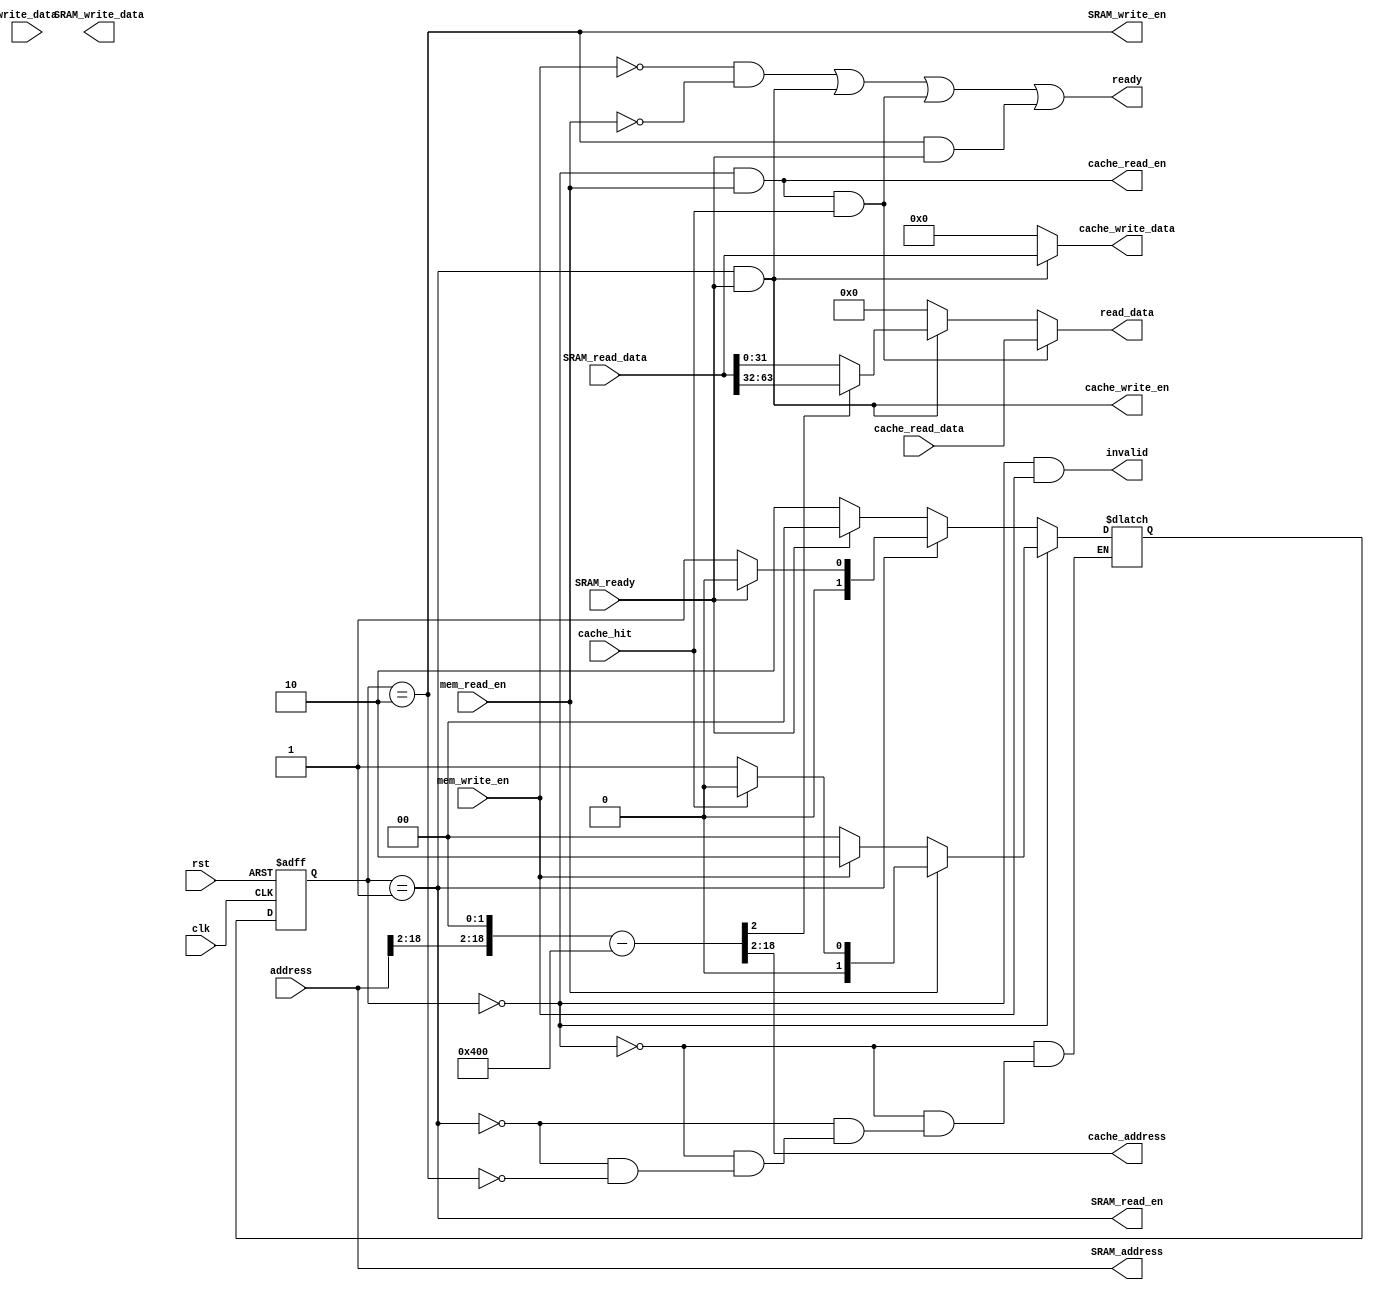
`timescale 1ns / 1ns 

module cache_controller (input clk,rst, mem_write_en,mem_read_en, SRAM_ready, cache_hit,
    input[31:0] address, write_data,cache_read_data,input [63:0] SRAM_read_data,
    output ready, cache_write_en, cache_read_en, SRAM_write_en, SRAM_read_en,invalid,
    output [16:0] cache_address, output [31:0] SRAM_address, SRAM_write_data,output  [31:0]  read_data, output [63:0] cache_write_data );
    
    reg [1:0] ps,ns ;
    parameter IDLE = 2'b00 , MISS = 2'b01 , WRITE = 2'b10;

    wire [31:0] real_addr;

    assign real_addr  = {address[31:2], 2'b00} - 32'd1024;
    assign cache_address = real_addr[18:2];
    //assign cache_address = address[17:2];
    assign SRAM_address  = address;

    assign SRAM_write_en = (ps == WRITE);
    assign SRAM_read_en = (ps == MISS); //You changed this from write to miss and half the registers became z but the rest are correct
    assign cache_read_en = (ps == IDLE) && mem_read_en;
    assign cache_write_en = (ps == MISS && SRAM_ready);
    assign SRAM_Write_Data  = SRAM_write_en ? write_data : 32'b0;
    assign cache_write_data = ((ps == MISS) && SRAM_ready) ? SRAM_read_data : 64'b0;
    assign invalid = (ps == IDLE) && mem_write_en;
    //assign invalid = (ps == IDLE && ns == WRITE);
    assign ready =  (~mem_write_en && ~mem_read_en) || ((ps == MISS) && SRAM_ready) || ((ps == IDLE) && mem_read_en && cache_hit) || ((ps == WRITE) && SRAM_ready);
    //assign ready = (ns == IDLE);
    assign read_data = ((ps == IDLE) && mem_read_en && cache_hit) ? cache_read_data : 
                      (((ps == MISS) && SRAM_ready) ? (cache_address [0] ? SRAM_read_data[63:32] : SRAM_read_data[31:0]) : 32'b0); 
    /*
    wire is_read_ok, is_miss, is_in_sram_read, is_in_sram_write;
    wire [31:0] real_addr;
    reg  [1 :0] ps, ns;
    parameter IDLE = 2'b00, WRITE = 2'b01, SRAM_WRITE = 2'b10;

    assign real_addr  = {address[31:2], 2'b00} - 32'd1024;
    assign cache_address = real_addr[18:2];
    assign SRAM_addr  = address;

    assign is_read_ok = (ps == IDLE) && mem_read_en && cache_hit;
    assign is_miss    = (ps == WRITE) && SRAM_ready;
    assign SRAM_write_en = (ps == SRAM_WRITE);
    assign cache_read_en = (ps == IDLE) && mem_read_en;
    assign is_in_sram_read = (ps == WRITE);
    assign is_in_sram_write = (ps == SRAM_WRITE) && SRAM_ready;
    assign cache_write_en = is_miss;
    assign SRAM_read_en   = is_in_sram_read;
    assign SRAM_Write_Data  = SRAM_write_en ? write_data : 32'b0;
    assign cache_write_data = is_miss ? SRAM_read_data : 64'b0;
    assign invalid    = (ps == IDLE) && mem_write_en;
    assign ready = (~mem_write_en && ~mem_read_en) || is_miss || is_read_ok || is_in_sram_write;
    assign read_data = is_read_ok ? cache_read_data : 
                      (is_miss ? (cache_address[0] ? SRAM_read_data[63:32] : SRAM_read_data[31:0]) : 32'b0); 
    always @(posedge clk, posedge rst) begin
        if (rst)
            ps <= IDLE;
        else
            ps <= ns;
    end

    always @(*) begin
      if(ps == IDLE) begin
        if(mem_read_en) ns = cache_hit ? IDLE : WRITE;
        else if(mem_write_en) ns = SRAM_WRITE;
        else ns = IDLE;
      end

      else if(ps == WRITE) 
        ns = SRAM_ready ? IDLE : WRITE;

      else if(ps == SRAM_WRITE) 
        ns = SRAM_ready ? IDLE : SRAM_WRITE;
    end

    always @(posedge clk, posedge rst) begin
      if(rst) 
        ps <= IDLE;
      else 
        ps <= ns;
    end
    

    always @(*)
    begin
        case (ps)
            IDLE: begin
            
            if (mem_read_en && ~cache_hit)
                ns = MISS;
            else if (mem_write_en)
                ns = WRITE;
            else
                ns = IDLE; 
            end

            MISS: begin
                if (SRAM_ready)
                    ns = IDLE;
                else
                    ns = MISS;
            end

            WRITE: begin
                if (SRAM_ready)
                    ns = IDLE;
                else
                    ns = WRITE;
            end
        endcase
    end
    */
    always @(*) begin
      if(ps == IDLE) begin
        if(mem_read_en) ns = cache_hit ? IDLE : MISS;
        else if(mem_write_en) ns = WRITE;
        else ns = IDLE;
      end

      else if(ps == MISS) 
        ns = SRAM_ready ? IDLE : MISS;

      else if(ps == WRITE) 
        ns = SRAM_ready ? IDLE : WRITE;
    end

    always @(posedge clk, posedge rst) begin
      if(rst) 
        ps <= IDLE;
      else 
        ps <= ns;
    end
    
/*
    always @(*) begin

        read_data = 32'b0;

        if (ps == IDLE && cache_hit)

            read_data = cache_read_data;

        else 
            if (ps == MISS && SRAM_ready) begin
        
                read_data = cache_address[0] ? SRAM_read_data[63:32] : SRAM_read_data[31:0];

            end
    end

    always @(*)
    begin
        SRAM_write_data = 32'b0;
        if (ps == WRITE)
            SRAM_write_data = write_data;
    end


    always @(*)
    begin
        SRAM_address = 32'b0;
        if (ps == MISS || ps == WRITE)
            SRAM_address = address ;
    end
*/

endmodule